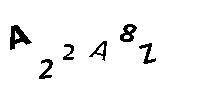
A22A8Z